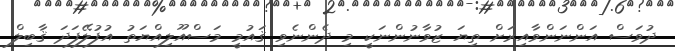
ދުވަސް އަންނަންވާއިރަށް ތިޔަ ޒުވާނުންނަކީ މި ދެންނެވި ޤައުމީ މަސްއޫލިއްޔަތު އުފުލޭފަދަ ޤާބިލް